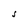
Character: S